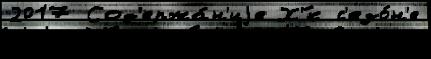
2017 Сод'ержа́н'иjе Х'́к с'езо́н'е